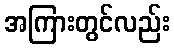
အကြားတွင်လည်း